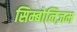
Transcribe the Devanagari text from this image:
सिम्बोलिज़म